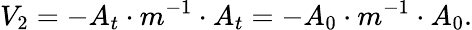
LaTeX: V_{2}=-A_{t}\cdot m^{-1}\cdot A_{t}=-A_{0}\cdot m^{-1}\cdot A_{0}.